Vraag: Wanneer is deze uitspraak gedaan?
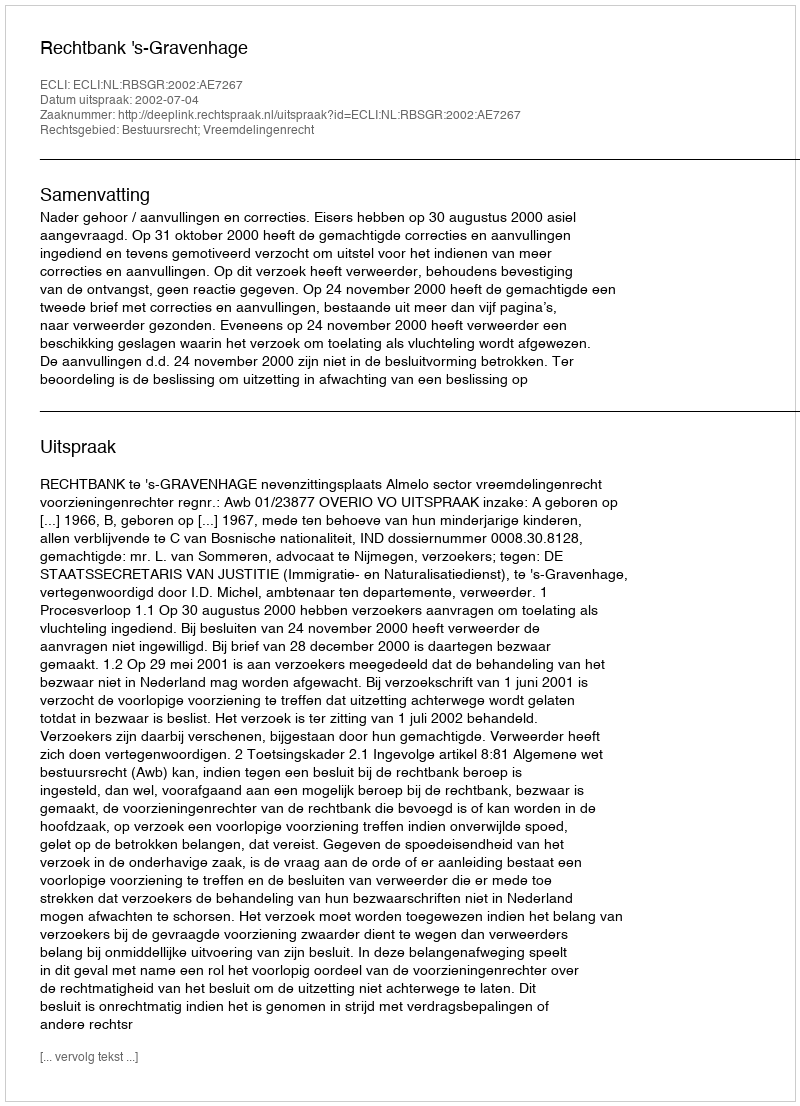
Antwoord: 2002-07-04